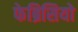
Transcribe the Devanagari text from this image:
फेब्रिसियो